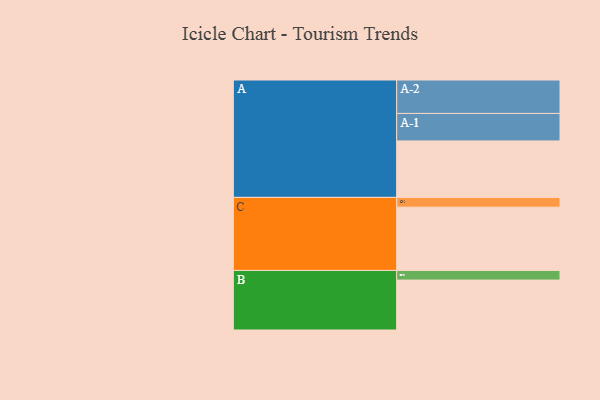
{"axis": {"x": "Segment", "y": "Value"}, "legend": ["", "A", "B", "C"], "data": [{"x": "A", "y": 486, "type": ""}, {"x": "B", "y": 430, "type": ""}, {"x": "C", "y": 545, "type": ""}, {"x": "A-1", "y": 237, "type": "A"}, {"x": "A-2", "y": 288, "type": "A"}, {"x": "B-1", "y": 83, "type": "B"}, {"x": "C-1", "y": 84, "type": "C"}]}